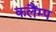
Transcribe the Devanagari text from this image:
कलैंम्प